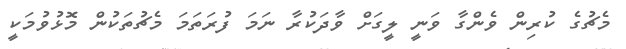
މެޗުގެ ކުރިން ވެންގާ ވަނީ ލީގަށް ވާދަކުރާ ނަމަ ފުރަތަމަ މެޗުތަކުން މޮޅުވުމަކީ